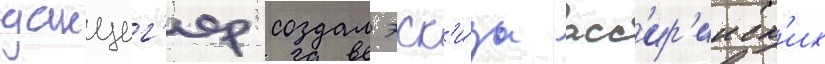
данциг'ер создал эск'и́зы асс'ир'ииск'их